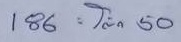
186 = โต๊ด - 50